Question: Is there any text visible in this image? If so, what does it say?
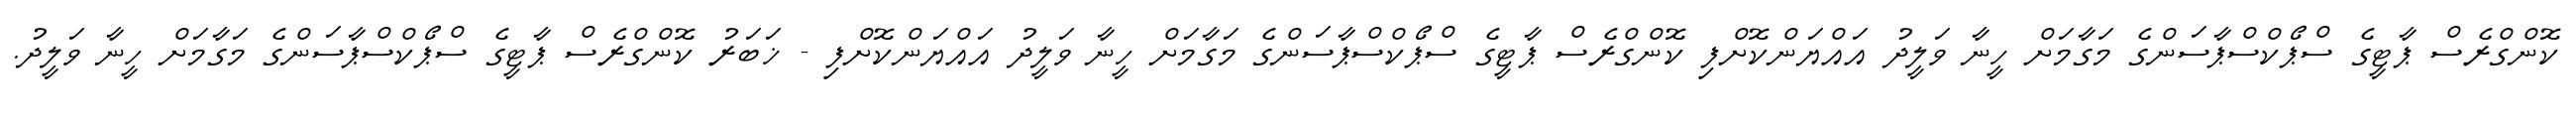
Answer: ކޮންގްރެސް ޕާޓީގެ ސްޕޯކްސްޕާސަންގެ މަގާމަށް ހީނާ ވަލީދު އައްޔަންކޮށްފި ކޮންގްރެސް ޕާޓީގެ ސްޕޯކްސްޕާސަންގެ މަގާމަށް ހީނާ ވަލީދު އައްޔަންކޮށްފި - ޚަބަރު ކޮންގްރެސް ޕާޓީގެ ސްޕޯކްސްޕާސަންގެ މަގާމަށް ހީނާ ވަލީދު.